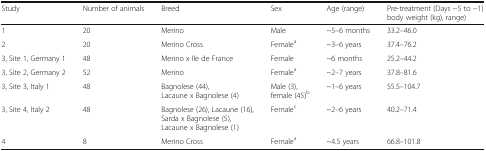
<table><thead><tr><td><b>Study</b></td><td><b>Number of animals</b></td><td><b>Breed</b></td><td><b>Sex</b></td><td><b>Age (range)</b></td><td><b>Pre-treatment (Days −5 to −1) body weight (kg), range)</b></td></tr></thead><tbody><tr><td>1</td><td>20</td><td>Merino</td><td>Male</td><td>~5–6 months</td><td>33.2–46.0</td></tr><tr><td>2</td><td>20</td><td>Merino Cross</td><td>Female<sup>a</sup></td><td>~3–6 years</td><td>37.4–76.2</td></tr><tr><td>3, Site 1, Germany 1</td><td>48</td><td>Merino x Ile de France</td><td>Female</td><td>~6 months</td><td>25.2–44.2</td></tr><tr><td>3, Site 2, Germany 2</td><td>52</td><td>Merino</td><td>Female<sup>a</sup></td><td>~2–7 years</td><td>37.8–81.6</td></tr><tr><td>3, Site 3, Italy 1</td><td>48</td><td>Bagnolese (44),Lacaune x Bagnolese (4)</td><td>Male (3), female (45)<sup>b</sup></td><td>~1–6 years</td><td>55.5–104.7</td></tr><tr><td>3, Site 4, Italy 2</td><td>48</td><td>Bagnolese (26), Lacaune (16), Sarda x Bagnolese (5),Lacaune x Bagnolese (1)</td><td>Female<sup>c</sup></td><td>~2–6 years</td><td>40.2–71.4</td></tr><tr><td>4</td><td>8</td><td>Merino Cross</td><td>Female<sup>a</sup></td><td>~4.5 years</td><td>66.8–101.8</td></tr></tbody></table>